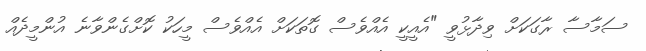
ސަމާސާ ރާގަކަށް ވިދާޅުވީ "އެއީކީ އެއްވެސް ގޮތަކަށް އެއްވެސް މީހަކު ކޮށްގެންވާނެ އުންމީދެއް